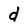
Character: d